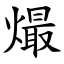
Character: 熶